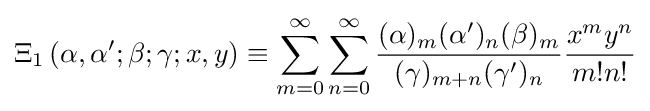
\Xi _{1}\left(\alpha ,\alpha ';\beta ;\gamma ;x,y\right)\equiv \sum _{m=0}^{\infty }\sum _{n=0}^{\infty }{\frac {(\alpha )_{m}(\alpha ')_{n}(\beta )_{m}}{(\gamma )_{m+n}(\gamma ')_{n}}}{\frac {x^{m}y^{n}}{m!n!}}